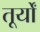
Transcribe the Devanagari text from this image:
तूर्यों